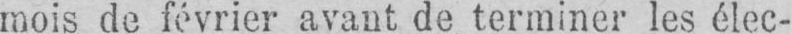
mois de février avant de terminer les élec-